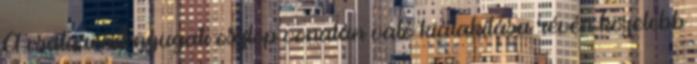
A csatarend nyugati oszlop vonalán való kialakítása révén közelebb